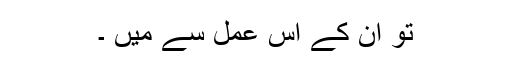
تو ان کے اس عمل سے میں ۔